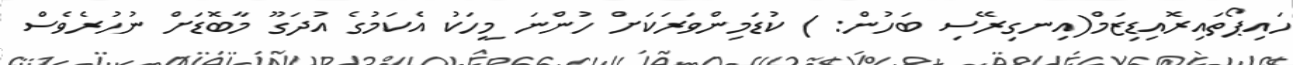
ހައިޕޯތައިރޮއިޑިޒަމް(އިނގިރޭސި ބަހުން: ) ކުޑަމިންވަރަކަށް ހުންނަ މީހަކު އެކަމުގެ އުދަގޫ މާބޮޑަށް ނުހުރެވެސް